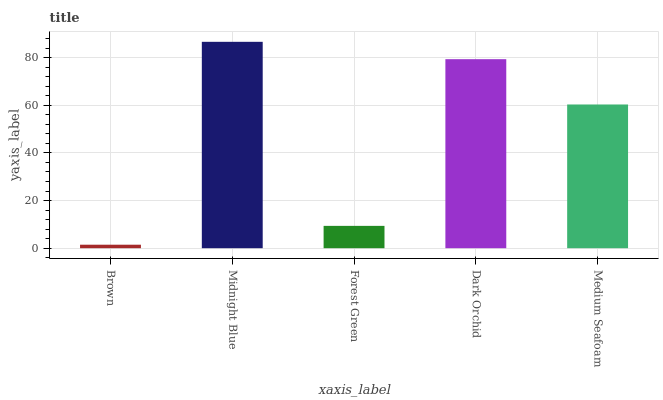
| xaxis_label | bars |
 | --- | --- |
 | Brown | 1.47 |
 | Midnight Blue | 86.7 |
 | Forest Green | 9.38 |
 | Dark Orchid | 79.4 |
 | Medium Seafoam | 60.4 |